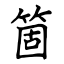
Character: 箇